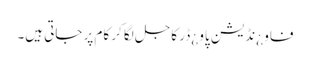
فاو ¿نڈیشن پاو ¿ڈر کاجل لگا کر کام پر جاتی ہیں۔